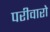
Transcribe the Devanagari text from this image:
परीवारो